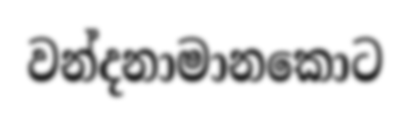
වන්දනාමානකොට